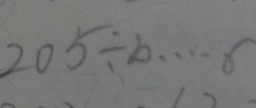
2 0 5 \div b \cdots 6